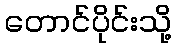
တောင်ပိုင်းသို့